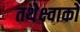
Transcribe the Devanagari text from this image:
तथेक्ष्वाको